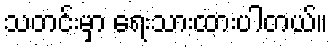
သတင်းမှာ ရေးသားထားပါတယ်။